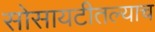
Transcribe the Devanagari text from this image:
सोसायटीतल्याच